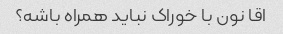
اقا نون با خوراک نباید همراه باشه؟